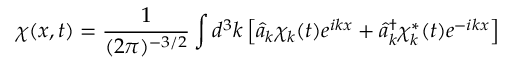
\chi ( x , t ) = { \frac { 1 } { ( 2 \pi ) ^ { - 3 / 2 } } } \int d ^ { 3 } k \left[ { \hat { a } } _ { k } \chi _ { k } ( t ) e ^ { i k x } + { \hat { a } } _ { k } ^ { \dag } \chi _ { k } ^ { * } ( t ) e ^ { - i k x } \right]